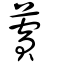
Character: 薲